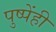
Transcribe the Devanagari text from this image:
पुष्पेंही